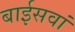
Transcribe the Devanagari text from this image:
बाईसवां